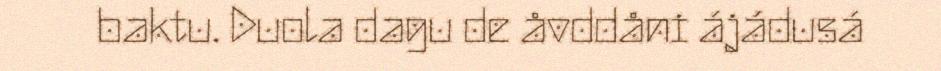
baktu. Duola dagu de åvddåni ájádusá